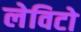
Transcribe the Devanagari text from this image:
लेविटो